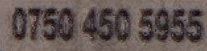
0750 450 5955